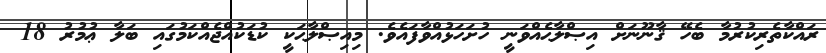
ރައްކާތެރިކުރުމާ ބެހޭ ޤާނޫނަށް އިޞްލާޙެއްވަނީ ހުށަހަޅުއްވާފައެވެ. މިއިޞްލާޙަކީ ކުޑަކުއްޖެއްކަމުގައި ބަލާ ޢުމުރު 18